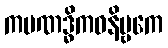
ကပဏဒ္ဓိကဝနိဗ္ဗကေ